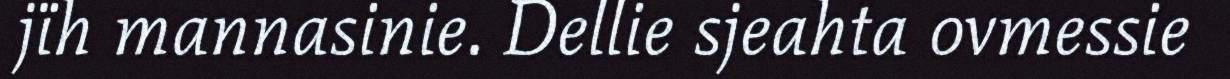
jïh mannasinie. Dellie sjeahta ovmessie